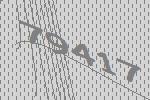
79417